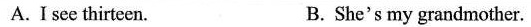
A.I see thirteen. B. She's my grandmother.